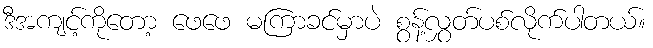
ဒီအကျင့်ကိုတော့ ဖေဖေ မကြာခင်မှာပဲ စွန့်လွှတ်ပစ်လိုက်ပါတယ်။